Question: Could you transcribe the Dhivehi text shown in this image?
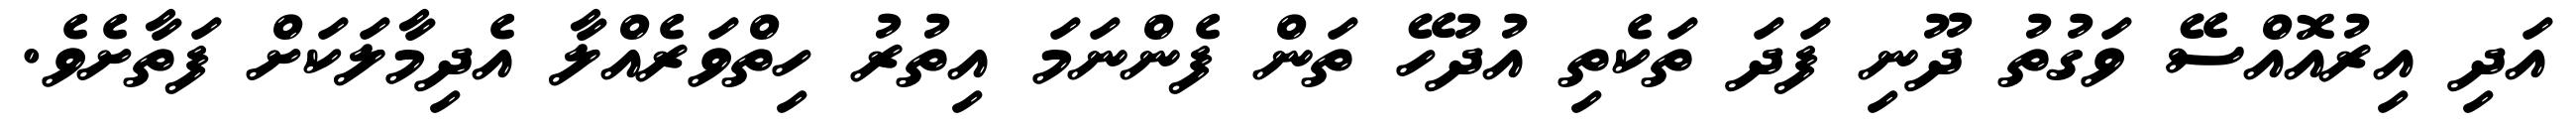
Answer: އަދި އިރުއޮއްސޭ ވަގުތު ދޫނި ފަދަ ތަކެތި އުދުހޭ ތަން ފެންނަމަ އިތުރު ހިތްވަރެއްލާ އެދިމާލަކަށް ފަތާށެވެ.